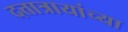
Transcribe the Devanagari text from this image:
दत्तात्रायांच्या